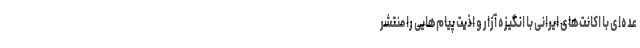
عده‌ای با اکانت‌های ایرانی با انگیزه آزار و اذیت پیام‌هایی را منتشر